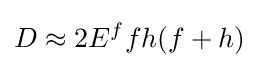
D\approx 2E^{f}fh(f+h)